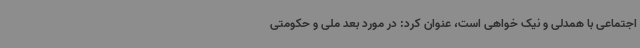
اجتماعی با همدلی و نیک خواهی است، عنوان کرد: در مورد بعد ملی و حکومتی